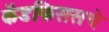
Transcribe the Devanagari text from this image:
कॅडफिससचे